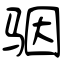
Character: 骃